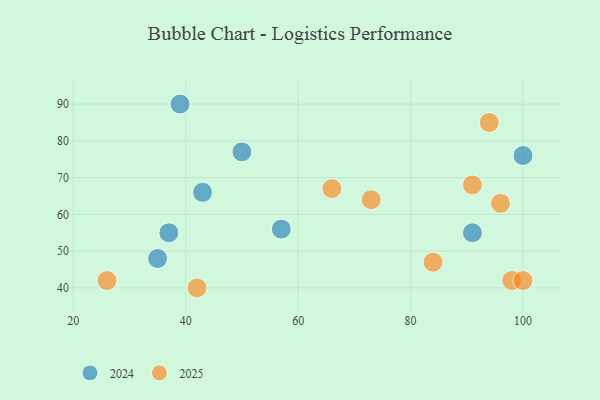
{"axis": {"x": "GDP", "y": "Life Expectancy"}, "legend": ["2024", "2025"], "data": [{"x": "50", "y": 77, "type": "2024"}, {"x": "35", "y": 48, "type": "2024"}, {"x": "43", "y": 66, "type": "2024"}, {"x": "100", "y": 76, "type": "2024"}, {"x": "57", "y": 56, "type": "2024"}, {"x": "39", "y": 90, "type": "2024"}, {"x": "37", "y": 55, "type": "2024"}, {"x": "91", "y": 55, "type": "2024"}, {"x": "84", "y": 47, "type": "2025"}, {"x": "98", "y": 42, "type": "2025"}, {"x": "100", "y": 42, "type": "2025"}, {"x": "26", "y": 42, "type": "2025"}, {"x": "66", "y": 67, "type": "2025"}, {"x": "94", "y": 85, "type": "2025"}, {"x": "42", "y": 40, "type": "2025"}, {"x": "73", "y": 64, "type": "2025"}, {"x": "96", "y": 63, "type": "2025"}, {"x": "91", "y": 68, "type": "2025"}]}